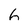
Character: 6